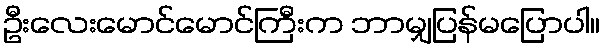
ဦးလေးမောင်မောင်ကြီးက ဘာမျှပြန်မပြောပါ။